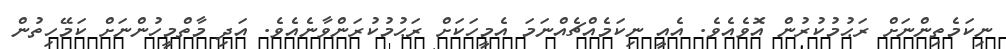
ނިކަމެތިންނަށް ރަޙުމުކުރުން އޮވެއެވެ. އެއީ ނިކަމެއްޗެއްނަމަ އެމީހަކަށް ރަޙުމުކުރަންވާނެއެވެ. އަދި މާތްމީހުންނަށް ކަމޭހިތުން